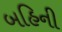
બહિની